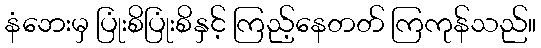
နံဘေးမှ ပြုံးစိပြုံးစိနှင့် ကြည့်နေတတ် ကြကုန်သည်။